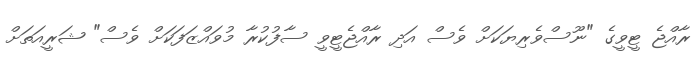
ރާއްޖެ ޓީވީގެ "ނޫސްވެރިޔަކަށް ވެސް އަދި ރާއްޖެޓީވީ ސާފުކުރާ މުވައްޒަފަކަށް ވެސް" ޝަރީއަތަށް